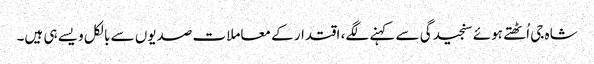
شاہ جی اُٹھتے ہوئے سنجیدگی سے کہنے لگے، اقتدار کے معاملات صدیوں سے بالکل ویسے ہی ہیں۔